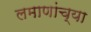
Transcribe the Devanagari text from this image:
लमाणांच्या